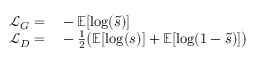
\begin{array} { r l } { \mathcal { L } _ { G } = } & { { } - \mathbb { E } [ \log ( \tilde { s } ) ] } \\ { \mathcal { L } _ { D } = } & { { } - \frac { 1 } { 2 } \bigl ( \mathbb { E } [ \log ( s ) ] + \mathbb { E } [ \log ( 1 - \tilde { s } ) ] \bigr ) } \end{array}